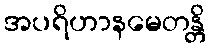
အပရိဟာနမေတန္တိ